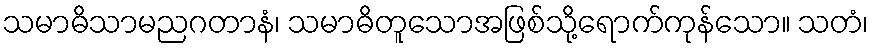
သမာဓိသာမညဂတာနံ၊ သမာဓိတူသောအဖြစ်သို့ရောက်ကုန်သော။ သတံ၊